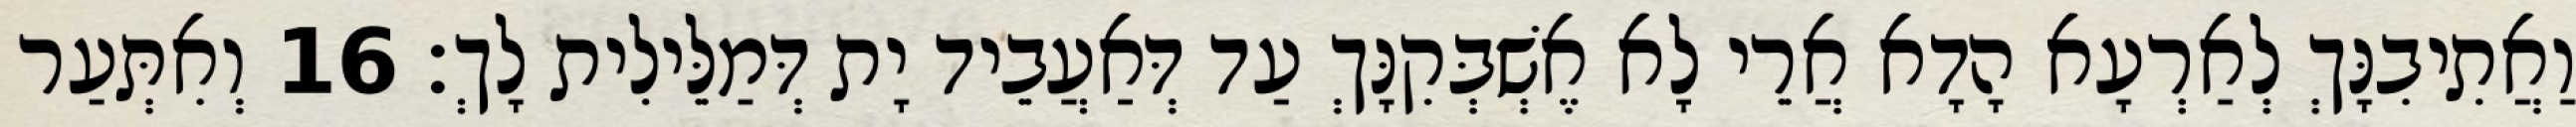
וַאֲתִיבִנָּךְ לְאַרְעָא הָדָא אֲרֵי לָא אֶשְׁבְּקִנָּךְ עַד דְּאַעֲבֵיד יָת דְּמַלֵּילִית לָךְ׃ 16 וְאִתְּעַר